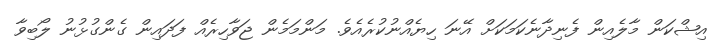
އިޝްކަން މާލެއިން ފެނިދާނެކަމަކަށް އޭނަ ހިޔެއްނުކުރެއެވެ. މަންމަމެން ޖަވާހިރެއް ފަދައިން ގެންގުޅުނު ލޯބިވާ